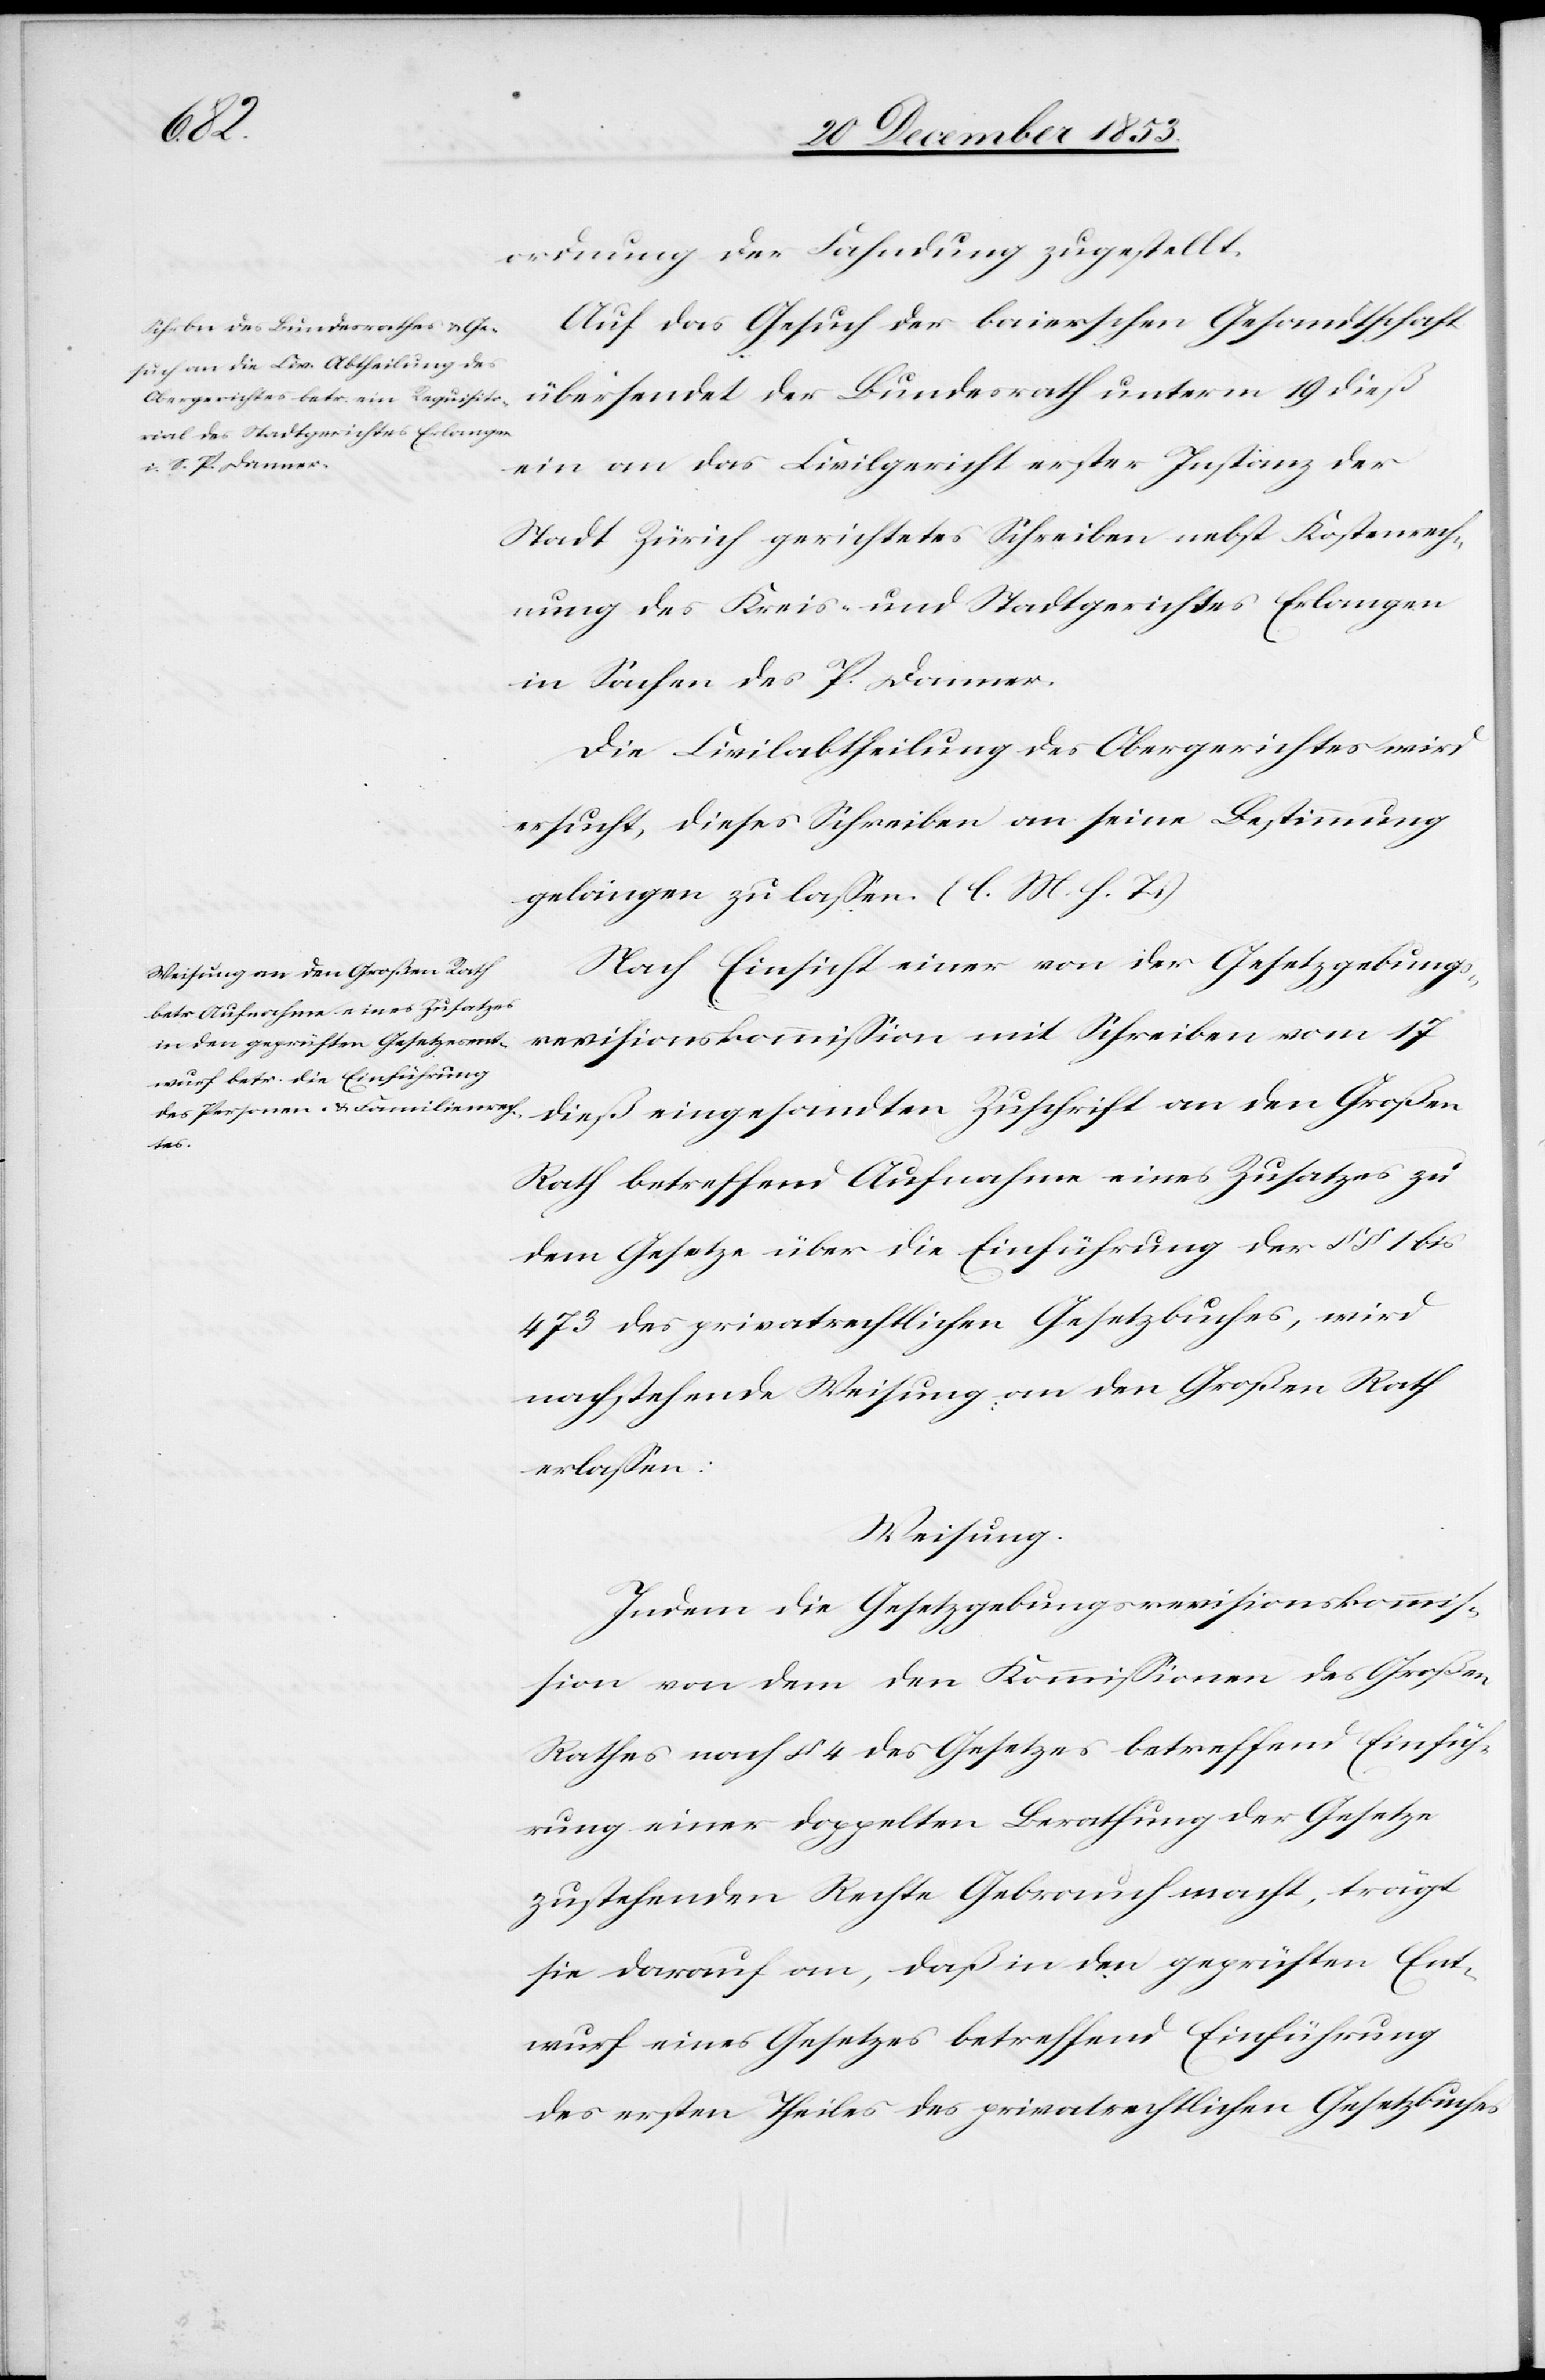
ordnung der Fahndung zugestellt.
Auf das Gesuch der baierschen Gesandtschaft
übersendet der Bundesrath unterm 19 dieß
ein an das Civilgericht erster Instanz der
Stadt Zürich gerichtetes Schreiben nebst Kostenrech¬
nung des Kreis- und Stadtgerichtes Erlangen
in Sachen des P. Danner.
Die Civilabtheilung des Obergerichtes wird
ersucht, dieses Schreiben an seine Bestimmung
gelangen zu laßen. [l. M. h. T]
Nach Einsicht einer von der Gesetzgebungs¬
revisionskommißion mit Schreiben vom 17
dieß eingesandten Zuschrift an den Großen
Rath betreffend Aufnahme eines Zusatzes zu
dem Gesetze über die Einführung der §§ 1 bis
473 des privatrechtlichen Gesetzbuches, wird
nachstehende Weisung an den Großen Rath
erlaßen:
Weisung.
Indem die Gesetzgebungsrevisionskommiß¬
ion von dem den Kommißionen des Großen
Rathes nach § 4 des Gesetzes betreffend Einfüh¬
rung einer doppelten Berathung der Gesetze
zustehenden Rechte Gebrauch macht, trägt
sie darauf an, daß in den geprüften Ent¬
wurf eines Gesetzes betreffend Einführung
des ersten Theiles des privatrechtlichen Gesetzbuches